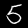
Label: 5